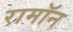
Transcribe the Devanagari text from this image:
रामॉन